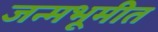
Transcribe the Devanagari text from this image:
जन्मभूमीत